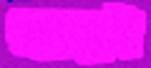
খাদ্যই